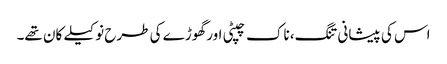
اس کی پیشانی تنگ، ناک چپٹی اور گھوڑے کی طرح نوکیلے کان تھے۔